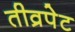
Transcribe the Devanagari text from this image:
तीव्रपेट